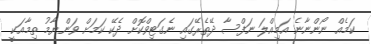
ކަމެއް ނޯންނާނެ އަމިއްލަ ނަފްސާ ދޭތެރޭގައި ނެގަޓިވްކޮށް ދެކޭ ކަމަށް ވަންޔާމު ތިމާއަކީ